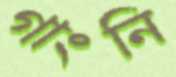
গাংনি